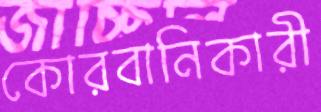
কোরবানিকারী